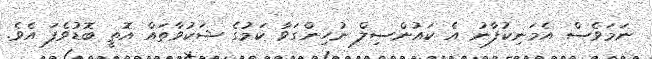
ނަމަވެސް އެމަނިކުފާނު އެ ކައުންސިލް ނުހިންގަވާ ކަމުގެ ޝަކުވާތައް އޮތީ ބޮޑުވެފަ އެވެ.